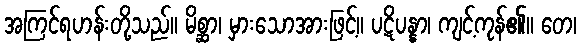
အကြင်ရဟန်းတို့သည်။ မိစ္ဆာ၊ မှားသောအားဖြင့်။ ပဋိပန္နာ၊ ကျင့်ကုန်၏။ တေ၊